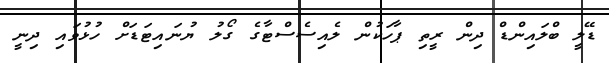
ޑޭލީ ބްލައިންޑް ދިން ރީތި ޕާހަކުން ލެއިސެސްޓާގެ ގޯލު ޔުނައިޓަޑަށް ހުޅުވައި ދިނީ